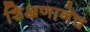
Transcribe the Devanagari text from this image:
शिक्षणानेच